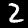
Label: 2